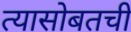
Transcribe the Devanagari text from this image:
त्यासोबतची